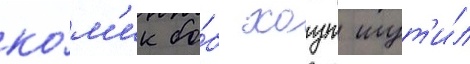
ко́м'ик бо́б хоуп шут'и́л